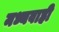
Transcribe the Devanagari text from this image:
मध्यवाही